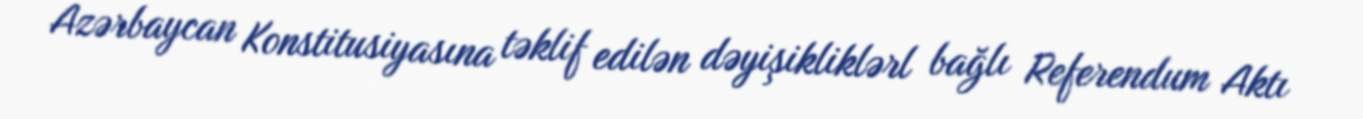
Azərbaycan Konstitusiyasına təklif edilən dəyişikliklərl bağlı Referendum Aktı